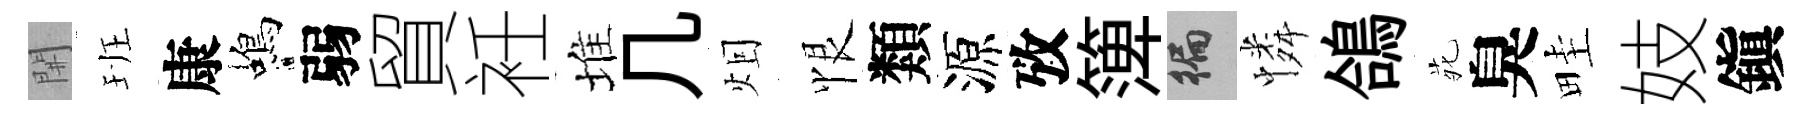
𨳩班康蝎弱貿衽堆几𤇆恨類源攷𥱼徧憐鴿𫟍臭畦妓鎭